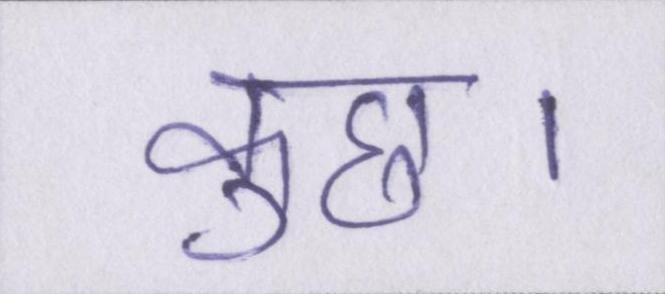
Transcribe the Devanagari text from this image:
कुछ।